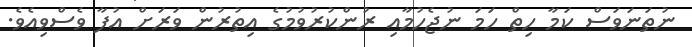
ނުތަނަވަސް ކަމާ ހިތް ހަމަ ނުޖެހުމާއި ރުންކުރުވުމުގެ އިތުރުން ވަރަށް އުފާ ވެސްވިއެވެ.